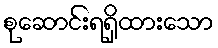
စုဆောင်းရရှိထားသော